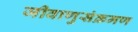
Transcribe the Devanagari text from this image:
जीवाणुसंक्रमण